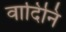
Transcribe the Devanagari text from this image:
वादिनि